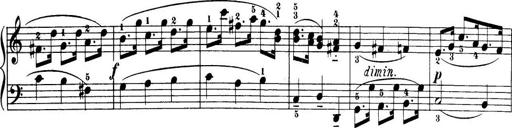
Title: 32 Sonatinas and Rondos for the Piano
Composer: Richard Kleinmichel